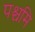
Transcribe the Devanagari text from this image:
पश्चमि